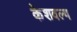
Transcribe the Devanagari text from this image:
केशवल्य